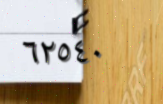
٦٢٥٤٠